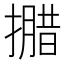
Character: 𭢝